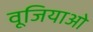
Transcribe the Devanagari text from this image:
वूजियाओ